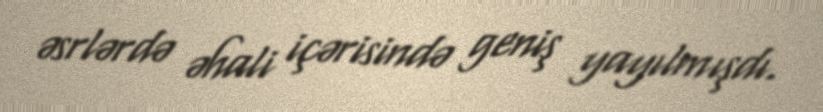
əsrlərdə əhali içərisində geniş yayılmışdı.